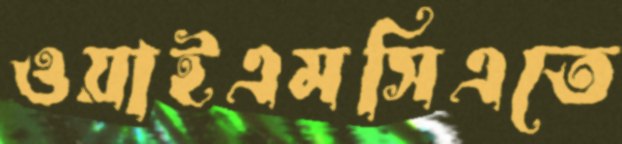
ওয়াইএমসিএতে